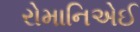
રોમાનિએઈ